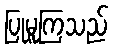
ပြုမူကြသည်